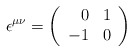
\begin{align*}\epsilon ^{\mu \nu }=\left( \begin{array}{rc}0 & 1\\-1 & 0\end{array}\right)\end{align*}